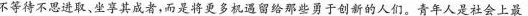
不等待不思进取、坐享其成者，而是将更多机遇留给那些勇于创新的人们。青年人是社会上最